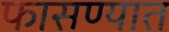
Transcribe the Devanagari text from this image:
फासण्यात